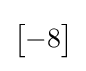
{\begin{bmatrix}-8\end{bmatrix}}